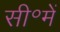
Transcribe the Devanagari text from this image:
सी॰में